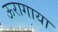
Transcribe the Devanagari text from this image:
ऊरागाया